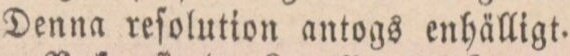
Denna reſolution antogs enhälligt.